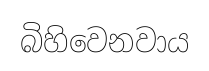
බිහිවෙනවාය